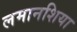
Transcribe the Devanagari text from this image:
लमानशिया